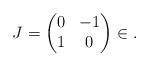
LaTeX: \begin{align*}J = \begin{pmatrix} 0 & -1 \\ 1 & 0\end{pmatrix} \in \sl.\end{align*}